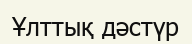
Ұлттық дәстүр